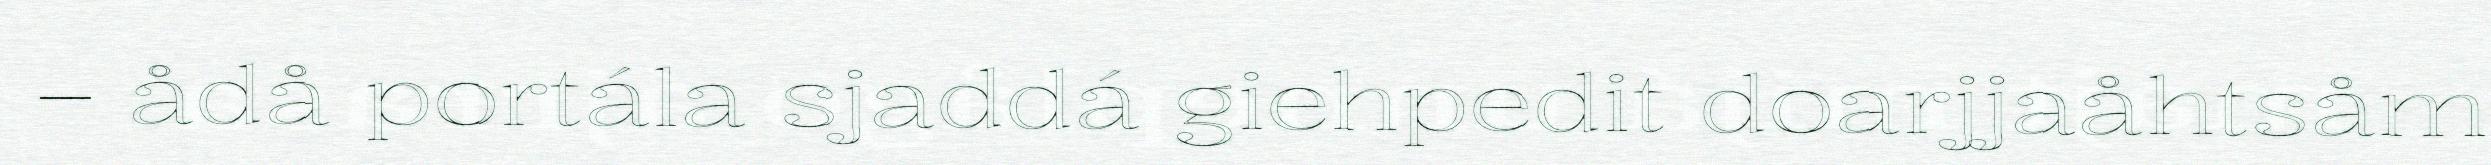
– ådå portála sjaddá giehpedit doarjjaåhtsåm